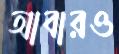
আবারও